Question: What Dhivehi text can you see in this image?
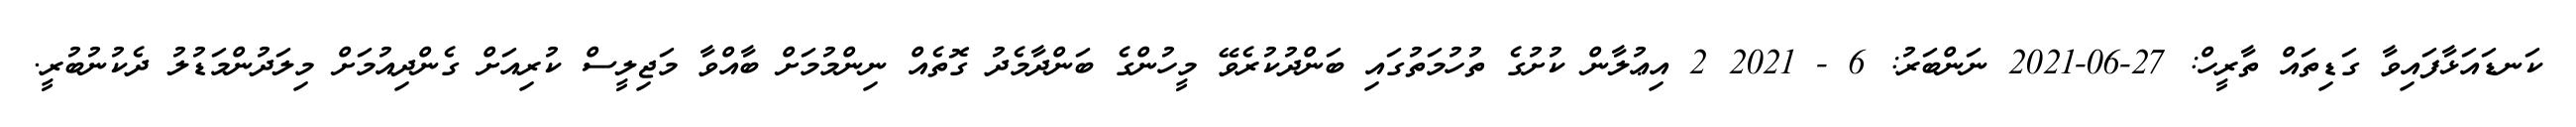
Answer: ކަނޑައަޅާފައިވާ ގަޑިތައް ތާރީހް: 27-06-2021 ނަންބަރު: 6 - 2021 2 އިޢުލާން ކުށުގެ ތުހުމަތުގައި ބަންދުކުރެވޭ މީހުންގެ ބަންދާމެދު ގޮތެއް ނިންމުމަށް ބާއްވާ މަޖިލީސް ކުރިއަށް ގެންދިއުމަށް މިލަދުންމަޑުލު ދެކުނުބުރީ.